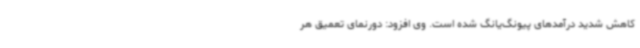
کاهش شدید درآمدهای پیونگ‌یانگ شده است. وی افزود: دورنمای تعمیق هر